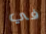
في